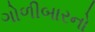
ગોળીબારનો